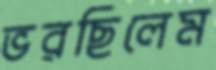
ভরছিলেম